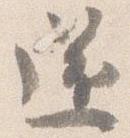
還